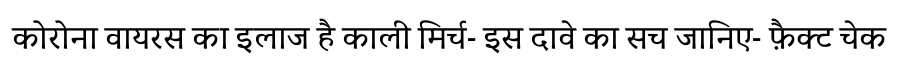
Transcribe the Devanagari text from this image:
कोरोना वायरस का इलाज है काली मिर्च- इस दावे का सच जानिए- फ़ैक्ट चेक